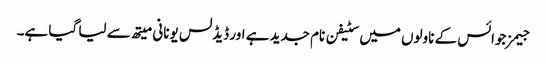
جیمز جوائس کے ناولوں میں سٹیفن نام جدید ہے اور ڈیڈلس یونانی میتھ سے لیا گیا ہے۔